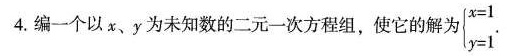
4.编一个以x、y为未知数的二元一次方程组，使它的解为$$\begin {cases}